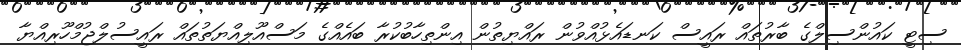
ސިޓީ ކައުންސިލްގެ ބާރުތައް ރައީސް ކަނޑައެޅުއްވުން ރައްޔިތުން އިންތިހާބުކުރާ ބައެއްގެ މަސްއޫލިއްޔަތުތައް ރައީސުލްޖުމްހޫރިއްޔާ